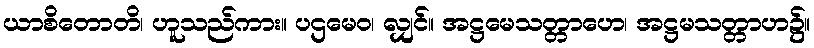
ယာစိတောတိ၊ ဟူသည်ကား။ ပဌမေဝ၊ လျှင်။ အဋ္ဌမေသတ္တာဟေ၊ အဋ္ဌမသတ္တာဟ၌။